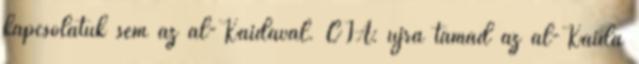
kapcsolatuk sem az al-Kaidával. CIA: újra támad az al-Kaida